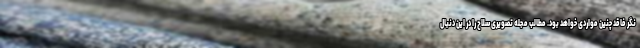
نگر فاقد چنین مواردی خواهد بود. مطالب مجله تصویری سلاح را در این دنبال